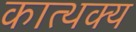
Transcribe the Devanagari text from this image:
कात्थक्य